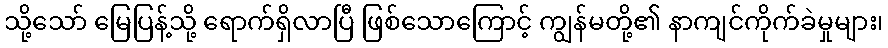
သို့သော် မြေပြန့်သို့ ရောက်ရှိလာပြီ ဖြစ်သောကြောင့် ကျွန်မတို့၏ နာကျင်ကိုက်ခဲမှုများ၊